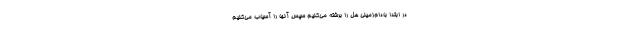
در ابتدا بادام‌زمینی هل را برشته می‌کنیم سپس آنها را آسیاب می‌کنیم